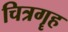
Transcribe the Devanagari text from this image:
चित्रगॄह